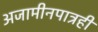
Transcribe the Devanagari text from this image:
अजामीनपात्रही